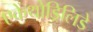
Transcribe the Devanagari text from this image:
एकेंथोड्रिलिडे